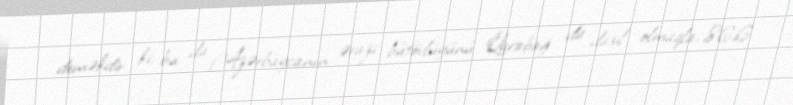
deməkdir ki, bu da Azərbaycanın ərazi bütövlüyünü Qarabağ da daxil olmaqla, 86,6